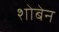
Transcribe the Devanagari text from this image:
शोबेन